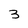
Character: 3